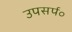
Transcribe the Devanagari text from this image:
उपसर्प०